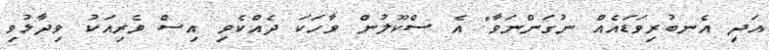
އަދި އެނބުރިވަޑައެއް ނުގަންނަވާ" އެ ސްކޫލުން ވާހަކަ ދެއްކެވި އިސް ވެރިއަކު ވިދާޅުވި